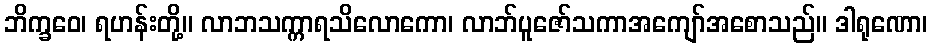
ဘိက္ခဝေ၊ ရဟန်းတို့။ လာဘသက္ကာရသိလောကော၊ လာဘ်ပူဇော်သကာအကျော်အစောသည်။ ဒါရုဏော၊